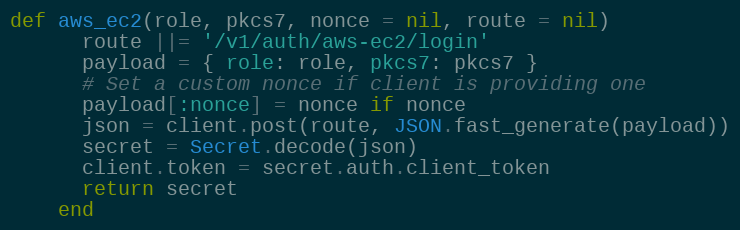
Language: Ruby
def aws_ec2(role, pkcs7, nonce = nil, route = nil)
      route ||= '/v1/auth/aws-ec2/login'
      payload = { role: role, pkcs7: pkcs7 }
      # Set a custom nonce if client is providing one
      payload[:nonce] = nonce if nonce
      json = client.post(route, JSON.fast_generate(payload))
      secret = Secret.decode(json)
      client.token = secret.auth.client_token
      return secret
    end